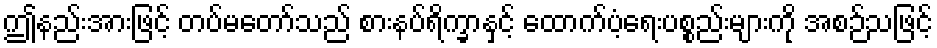
ဤနည်းအားဖြင့် တပ်မတော်သည် စားနပ်ရိက္ခာနှင့် ထောက်ပံ့ရေးပစ္စည်းများကို အစဉ်သဖြင့်